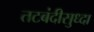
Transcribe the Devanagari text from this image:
तटबंदीसुध्दा